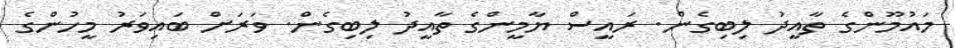
މައުމޫންގެ ތާއީދު ލިބިގެން. ރައީސް ޔާމީންގެ ތާއީދު ލިބިގެން. ވަރަށް ބައިވަރު މީހުންގެ